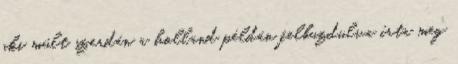
aki múlt szerdán a holland példán felbuzdulva írta meg